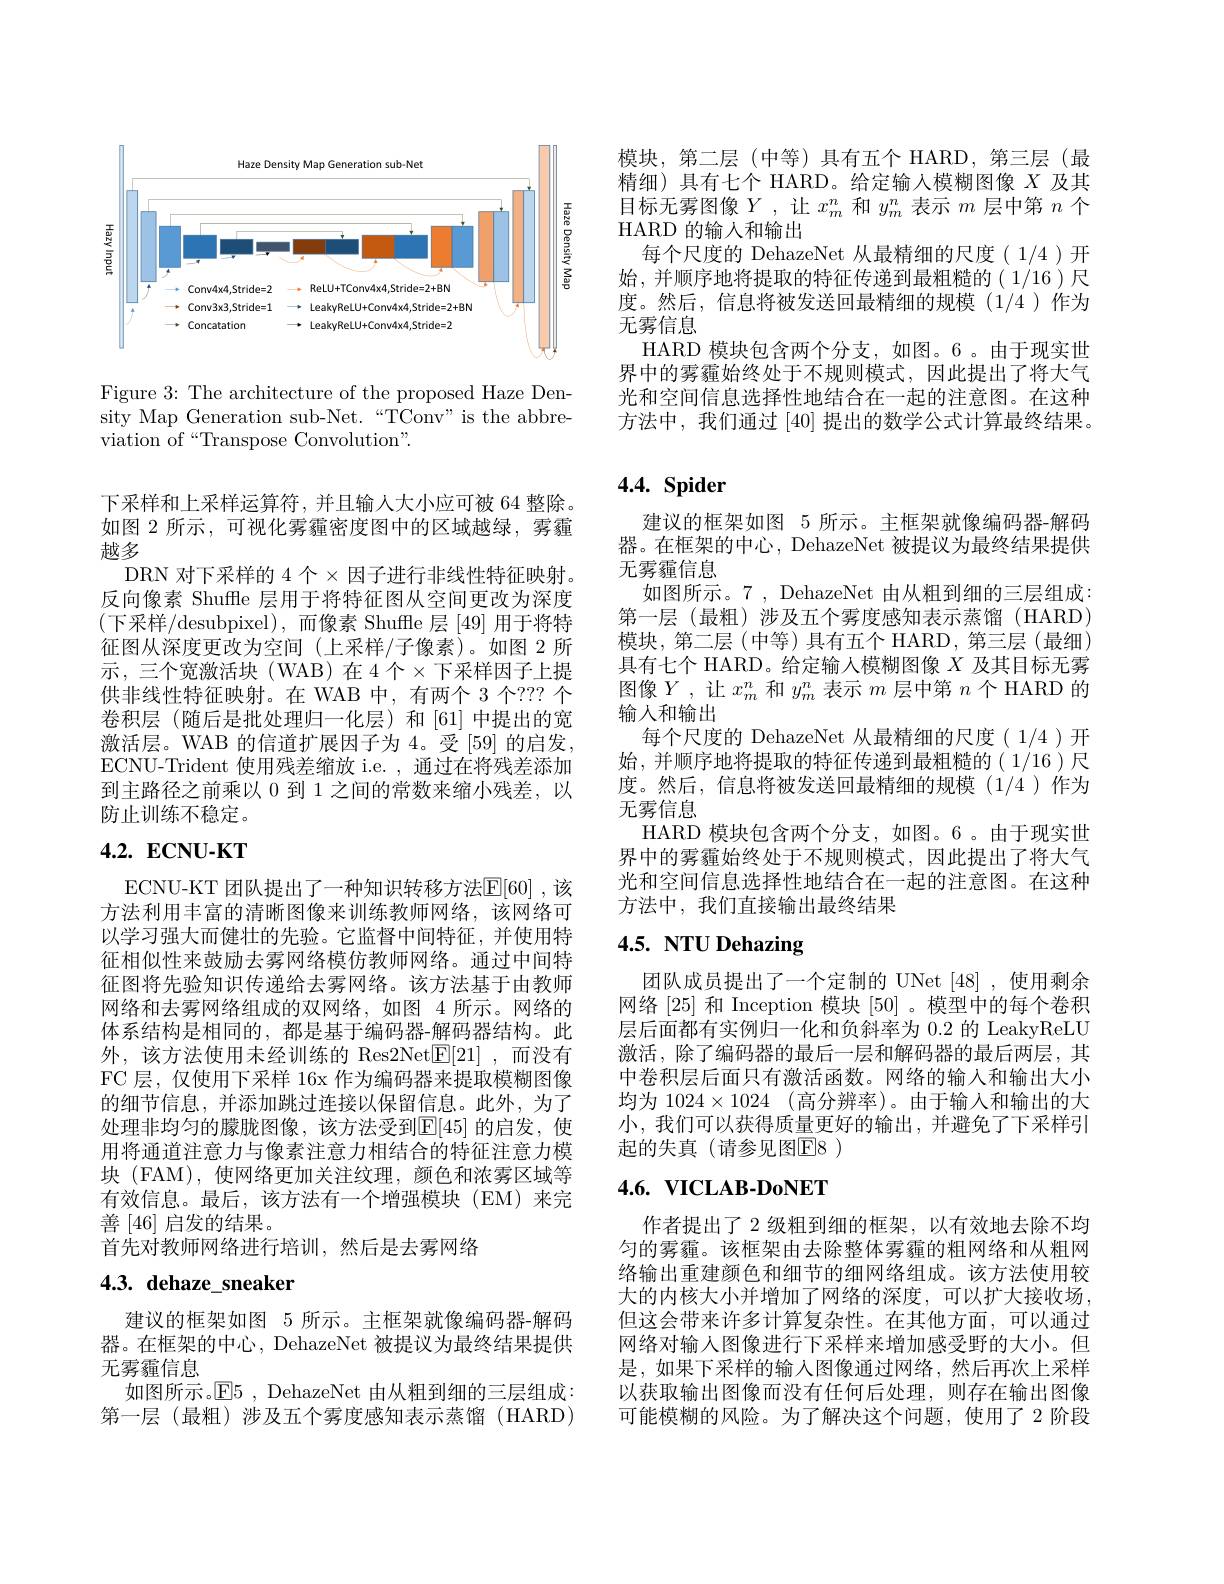
<FigureHere>

Figure 3: The architecture of the proposed Haze Density Map Generation sub-Net.“TConv”is the abbreviation of“Transpose Convolution".

下采样和上采样运算符，并且输人大小应可被 64 整除。如图 2 所示，可视化雾霾密度图中的区域越绿，雾霾越多
DRN 对下采样的 4 个$\times$因子进行非线性特征映射。反向像素 Shuffle 层用于将特征图从空间更改为深度(下采样/desubpixel),而像素 Shuffle 层[49] 用于将特征图从深度更改为空间(上采样/子像素)。如图 2 所示，三个宽激活块(WAB)在4个$\times$下采样因子上提供非线性特征映射。在 WAB 中，有两个 3 个？?? 个卷积层(随后是批处理归一化层)和[61]中提出的宽激活层。WAB 的信道扩展因子为 4。受 [59] 的启发， ECNU-Trident 使用残差缩放 i.e. , 通过在将残差添加到主路径之前乘以 0 到 1 之间的常数来缩小残差，以防止训练不稳定。

# $4. 2. \textbf{ ECNU- KT}$

ECNU-KT 团队提出了一种知识转移方法$\mathbb{E}[60]$,该方法利用丰富的清晰图像来训练教师网络，该网络可以学习强大而健壮的先验。它监督中间特征，并使用特征相似性来鼓励去雾网络模仿教师网络。通过中间特征图将先验知识传递给去雾网络。该方法基于由教师网络和去雾网络组成的双网络，如图 4 所示。网络的体系结构是相同的，都是基于编码器-解码器结构。此外，该方法使用未经训练的 Res2Net$\underline {\mathrm{E} }[ 21]$ ,而没有FC 层，仅使用下采样 16x 作为编码器来提取模糊图像的细节信息，并添加跳过连接以保留信息。此外，为了处理非均匀的朦胧图像，该方法受到$\mathbb{E}[45]$ 的启发，使用将通道注意力与像素注意力相结合的特征注意力模块 (FAM), 使网络更加关注纹理，颜色和浓雾区域等有效信息。最后，该方法有一个增强模块(EM)来完善[46]启发的结果。
首先对教师网络进行培训，然后是去雾网络

# 4.3. dehaze\_sneaker

建议的框架如图 5 所示。主框架就像编码器-解码器。在框架的中心，DehazeNet 被提议为最终结果提供无雾霾信息
如图所示。$\mathbb{E}5$, DehazeNet 由从粗到细的三层组成： 第一层(最粗)涉及五个雾度感知表示蒸馏(HARD)

模块，第二层(中等)具有五个 HARD,第三层(最精细)具有七个 HARD。给定输入模糊图像$X$及其目标无雾图像$Y$,让$x_m^n$和$y_m^n$表示$m$层中第$n$个HARD 的输人和输出
每个尺度的 DehazeNet 从最精细的尺度( 1/4 )开始，并顺序地将提取的特征传递到最粗糙的(1/16)尺度。然后，信息将被发送回最精细的规模(1/4)作为无雾信息
HARD 模块包含两个分支，如图。6。由于现实世界中的雾霾始终处于不规则模式，因此提出了将大气光和空间信息选择性地结合在一起的注意图。在这种方法中，我们通过[40] 提出的数学公式计算最终结果。

# $4. 4. \textbf{Spider}$

建议的框架如图 5 所示。主框架就像编码器-解码器。在框架的中心，DehazeNet 被提议为最终结果提供无雾霾信息
如图所示。7 , DehazeNet 由从粗到细的三层组成： 第一层(最粗)涉及五个雾度感知表示蒸馏(HARD) 模块，第二层(中等)具有五个 HARD,第三层(最细) 具有七个 HARD。给定输入模糊图像$X$及其目标无雾图像$Y$,让$x_m^n$ 和$y_m^n$ 表示 $m$ 层中第 $n$ 个HARD 的输人和输出
每个尺度的 DehazeNet 从最精细的尺度( 1/4 )开始，并顺序地将提取的特征传递到最粗糙的(1/16)尺度。然后，信息将被发送回最精细的规模(1/4)作为无雾信息
HARD 模块包含两个分支，如图。6。由于现实世界中的雾霾始终处于不规则模式，因此提出了将大气光和空间信息选择性地结合在一起的注意图。在这种方法中，我们直接输出最终结果

# 4.5. NTU Dehazing

团队成员提出了一个定制的 UNet [48] ,使用剩余网络[25] 和 Inception 模块[50] 。模型中的每个卷积层后面都有实例归一化和负斜率为 0.2 的 LeakyReLU 激活，除了编码器的最后一层和解码器的最后两层，其中卷积层后面只有激活函数。网络的输入和输出大小均为 1024$\times1024$ (高分辨率)。由于输入和输出的大小，我们可以获得质量更好的输出，并避免了下采样引起的失真(请参见图E8)

## $4. 6. \textbf{VICLAB- DoNET}$

作者提出了 2 级粗到细的框架，以有效地去除不均匀的雾霾。该框架由去除整体雾霾的粗网络和从粗网络输出重建颜色和细节的细网络组成。该方法使用较大的内核大小并增加了网络的深度，可以扩大接收场， 但这会带来许多计算复杂性。在其他方面，可以通过网络对输人图像进行下采样来增加感受野的大小。但是，如果下采样的输入图像通过网络，然后再次上采样以获取输出图像而没有任何后处理，则存在输出图像可能模糊的风险。为了解决这个问题，使用了2阶段